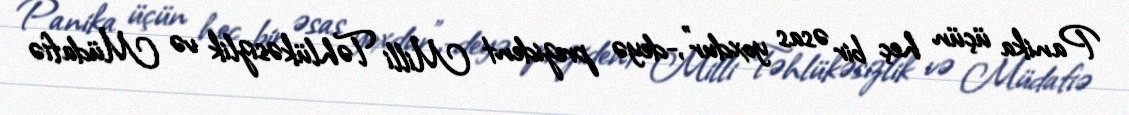
Panika üçün heç bir əsas yoxdur”,-deyə prezident Milli Təhlükəsizlik və Müdafiə